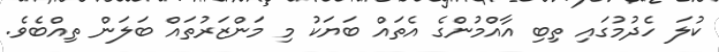
ކުލަ ހެދުމުގައި ތިބި އާއްމުންގެ އެތައް ބަޔަކު މި މަންޒަރުތައް ބަލަން ތިއްބެވެ.